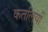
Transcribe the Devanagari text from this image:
कतलियों